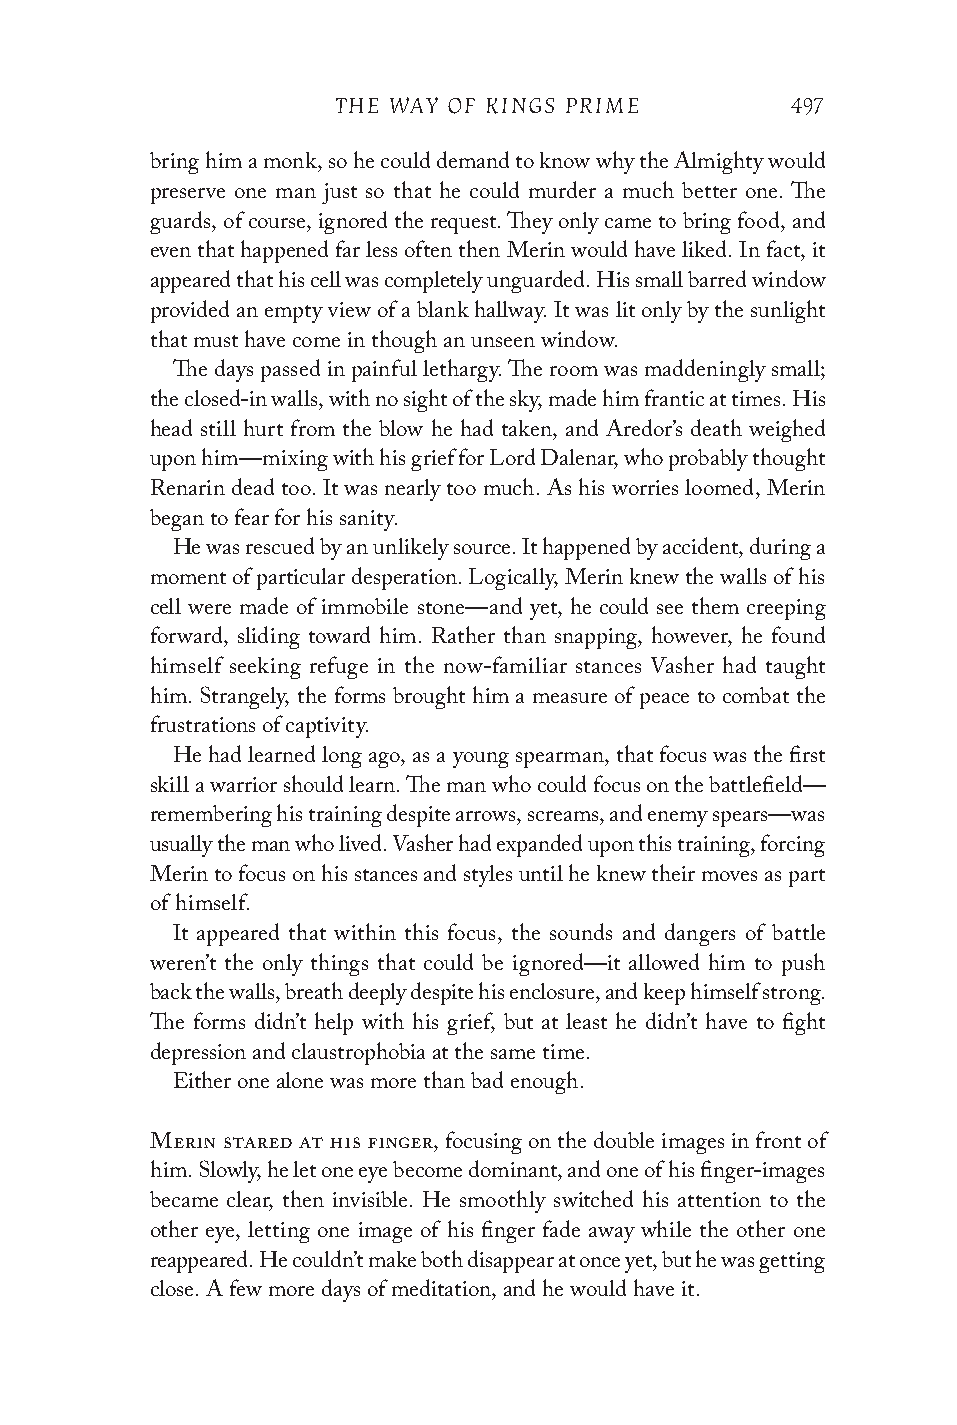
THE WAY OF KINGS PRIME        497
 bring him a monk, so he could demand to know why the Almighty would
 preserve one man just so that he could murder a much better one. The
 guards, of course, ignored the request. They only came to bring food, and
 even that happened far less often then Merin would have liked. In fact, it
 appeared that his cell was completely unguarded. His small barred window
 provided an empty view of a blank hallway. It was lit only by the sunlight
 that must have come in though an unseen window.
 The days passed in painful lethargy. The room was maddeningly small;
 the closed-in walls, with no sight of the sky, made him frantic at times. His
 head still hurt from the blow he had taken, and Aredor’s death weighed
 upon him—mixing with his grief for Lord Dalenar, who probably thought
 Renarin dead too. It was nearly too much. As his worries loomed, Merin
 began to fear for his sanity.
 He was rescued by an unlikely source. It happened by accident, during a
 moment of particular desperation. Logically, Merin knew the walls of his
 cell were made of immobile stone—and yet, he could see them creeping
 forward, sliding toward him. Rather than snapping, however, he found
 himself seeking refuge in the now-familiar stances Vasher had taught
 him. Strangely, the forms brought him a measure of peace to combat the
 frustrations of captivity.
 He had learned long ago, as a young spearman, that focus was the first
 skill a warrior should learn. The man who could focus on the battlefield—
 remembering his training despite arrows, screams, and enemy spears—was
 usually the man who lived. Vasher had expanded upon this training, forcing
 Merin to focus on his stances and styles until he knew their moves as part
 of himself.
 It appeared that within this focus, the sounds and dangers of battle
 weren’t the only things that could be ignored—it allowed him to push
 back the walls, breath deeply despite his enclosure, and keep himself strong.
 The forms didn’t help with his grief, but at least he didn’t have to fight
 depression and claustrophobia at the same time.
 Either one alone was more than bad enough.
 Merin stared at his finger, focusing on the double images in front of
 him. Slowly, he let one eye become dominant, and one of his finger-images
 became clear, then invisible. He smoothly switched his attention to the
 other eye, letting one image of his finger fade away while the other one
 reappeared. He couldn’t make both disappear at once yet, but he was getting
 close. A few more days of meditation, and he would have it.